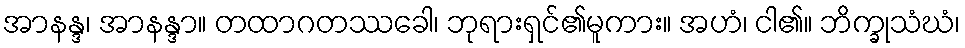
အာနန္ဒ၊ အာနန္ဒာ။ တထာဂတဿခေါ၊ ဘုရားရှင်၏မူကား။ အဟံ၊ ငါ၏။ ဘိက္ခုသံဃံ၊